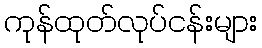
ကုန်ထုတ်လုပ်ငန်းများ